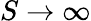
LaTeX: S\rightarrow\infty